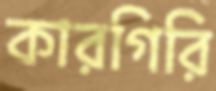
কারগিরি